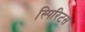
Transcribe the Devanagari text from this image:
स्पिरिटस